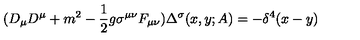
( D _ { \mu } D ^ { \mu } + m ^ { 2 } - { \frac { 1 } { 2 } } g \sigma ^ { \mu \nu } F _ { \mu \nu } ) \Delta ^ { \sigma } ( x , y ; A ) = - \delta ^ { 4 } ( x - y )